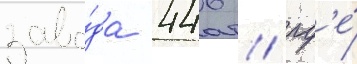
заво́да 446 / гд'е́